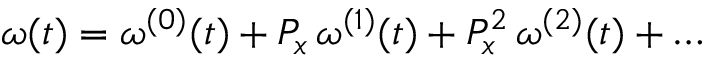
\boldsymbol { \omega } ( t ) = \boldsymbol { \omega } ^ { ( 0 ) } ( t ) + P _ { x } \, \boldsymbol { \omega } ^ { ( 1 ) } ( t ) + P _ { x } ^ { 2 } \, \boldsymbol { \omega } ^ { ( 2 ) } ( t ) + \dots